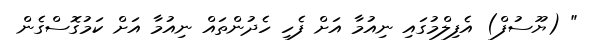
" (ޔޫސުފް) އެފިލްމުގައި ނިއުމާ އަށް ފެހި ހެދުންތައް ނިއުމާ އަށް ކަމުގޮސްގެން